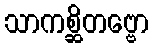
သာကစ္ဆိတဗ္ဗော